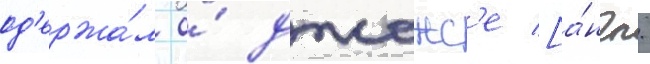
од'ержа́л о́ джонс'е [а́нгл.